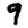
Digit: 9